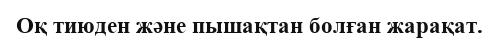
Оқ тиюден және пышақтан болған жарақат.